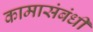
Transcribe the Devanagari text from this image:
कामासंबंधी